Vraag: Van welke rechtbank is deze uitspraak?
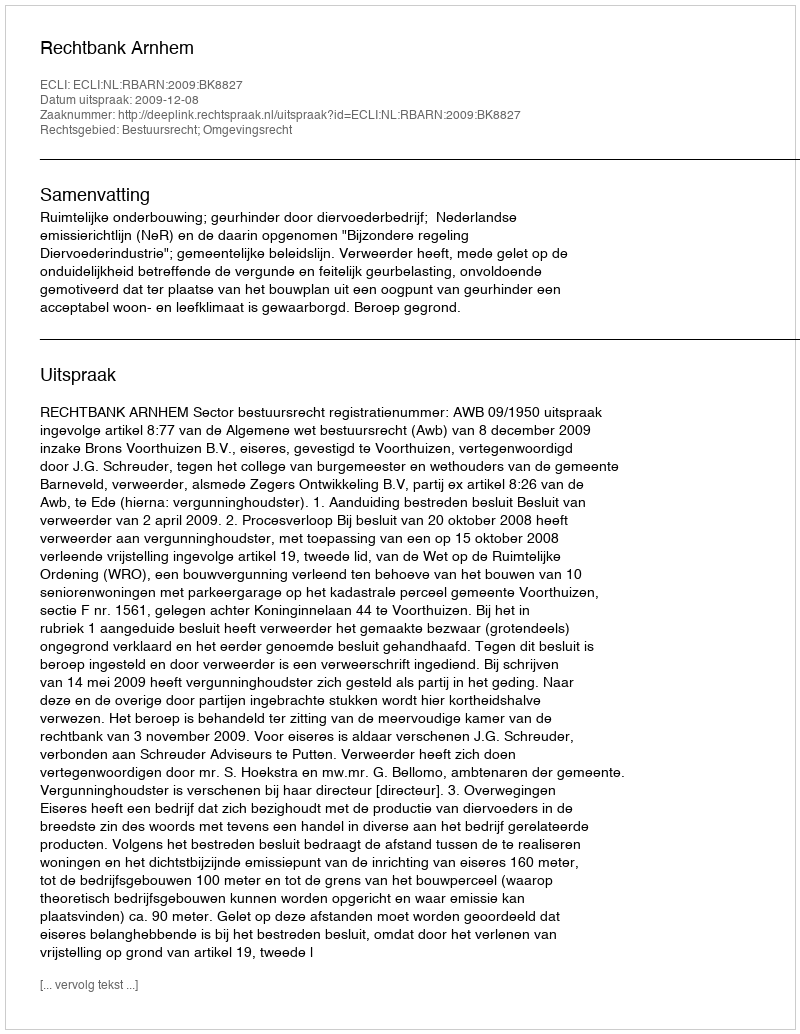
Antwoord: Rechtbank Arnhem